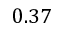
0 . 3 7